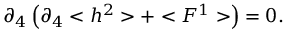
\partial _ { 4 } \left( \partial _ { 4 } < h ^ { 2 } > + < F ^ { 1 } > \right) = 0 .